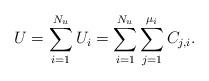
LaTeX: \begin{align*}U=\sum_{i=1}^{N_u} U_i =\sum_{i=1}^{N_u}\sum_{j=1}^{\mu_i}C_{j,i}.\end{align*}